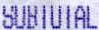
SUBTOTAL